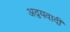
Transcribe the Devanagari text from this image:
अद्वयवादी